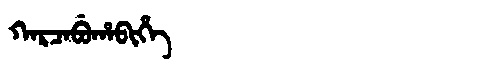
Manchu: ᡴᠠᡵᠴᠠᠪᡠᡥᠠᠪᡳᡥᡝ
Romanization: KARCABUHABIHE